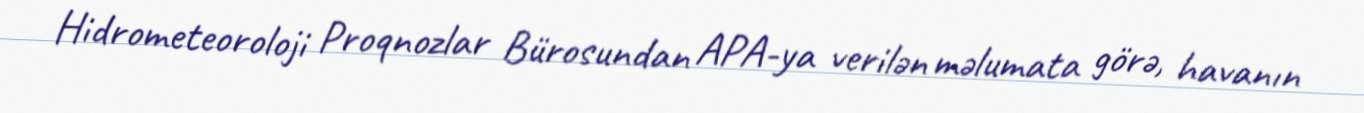
Hidrometeoroloji Proqnozlar Bürosundan APA-ya verilən məlumata görə, havanın